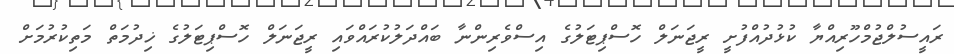
ރައީސުލްޖުމްހޫރިއްޔާ ކުޅުދުއްފުށީ ރީޖަނަލް ހޮސްޕިޓަލުގެ އިސްވެރިންނާ ބައްދަލުކުރައްވައި ރީޖަނަލް ހޮސްޕިޓަލުގެ ޚިދުމަތް މަތިކުރުމަށް